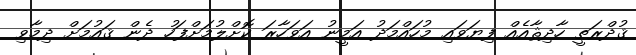
ޤުދްރަތީ ހާދިޘާއެއް ފިޔަވައި މުހައްމަދު އަމީނު އަވަހާރަ ކޮށްލުމަށްފަހު ދެން ޤައުމަށް ދިމާވި